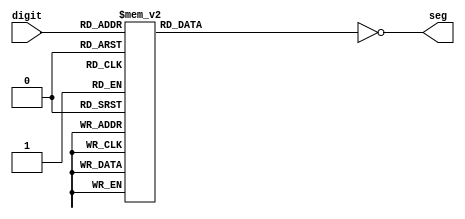
module digitTo7Seg(
    input [3:0] digit,
    output [7:0] seg
    );

    wire [3:0] digit;
    reg [7:0] seg;
    
    always @* begin
        case (digit)
            4'd0: seg = 8'b00111111;
            4'd1: seg = 8'b00000110;
            4'd2: seg = 8'b01011011;
            4'd3: seg = 8'b01001111;
            4'd4: seg = 8'b01100110;
            4'd5: seg = 8'b01101101;
            4'd6: seg = 8'b01111101;
            4'd7: seg = 8'b00000111;
            4'd8: seg = 8'b01111111;
            4'd9: seg = 8'b01100111;
            default: seg = 8'b00000000;
        endcase
        seg = ~seg;
    end
endmodule